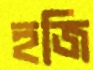
হজি